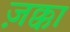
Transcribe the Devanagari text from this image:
ज़क्का